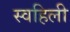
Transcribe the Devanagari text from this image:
स्वहिली